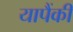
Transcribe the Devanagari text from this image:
यापैंकी